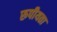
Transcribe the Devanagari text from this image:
रूपीयता